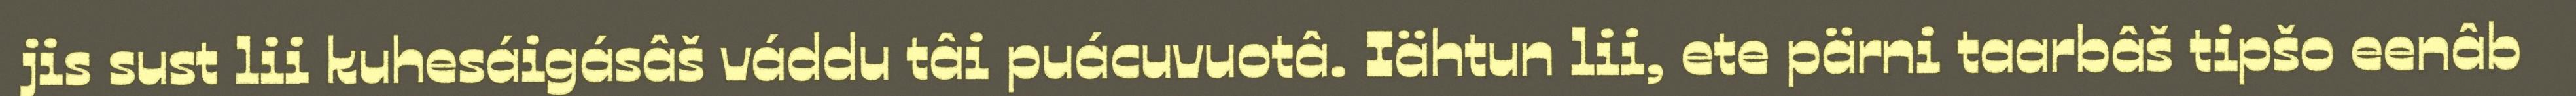
jis sust lii kuhesáigásâš váddu tâi puácuvuotâ. Iähtun lii, ete pärni taarbâš tipšo eenâb